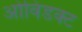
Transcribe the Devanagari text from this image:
ओविडक्ट